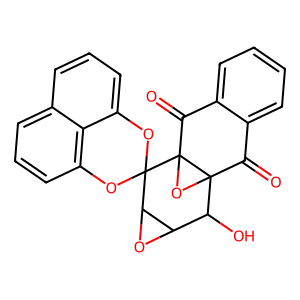
SMILES: O=C1c2ccccc2C(=O)C23OC12C(O)C1OC1C31Oc2cccc3cccc(c23)O1
Inhibits HIV replication: No